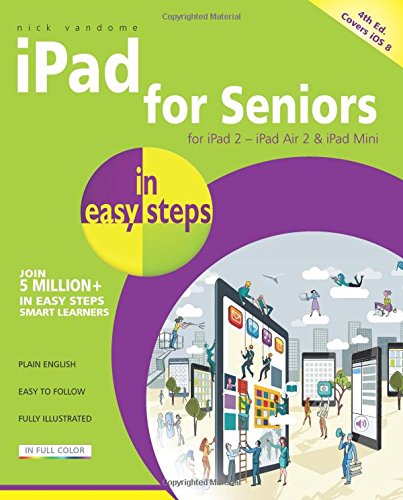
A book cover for iPad for Seniors in Easy Steps: Covers iOS 8; Nick Vandome; Computers & Technology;